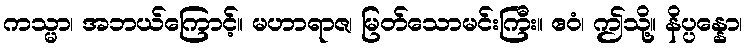
ကသ္မာ၊ အဘယ်ကြောင့်။ မဟာရာဇ၊ မြတ်သောမင်းကြီး။ ဧဝံ၊ ဤသို့။ နိပ္ပန္နော၊